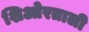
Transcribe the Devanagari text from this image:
शिओरताली